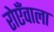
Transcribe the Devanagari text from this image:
रोएँवाला